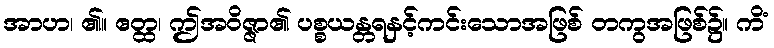
အာဟ၊ ၏။ ဧတ္ထ၊ ဤအဝိဇ္ဇာ၏ ပစ္စယန္တရနှင့်ကင်းသောအဖြစ် တကွအဖြစ်၌။ ကိံ